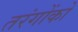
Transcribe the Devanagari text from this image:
तरंगोंको